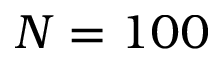
N = 1 0 0